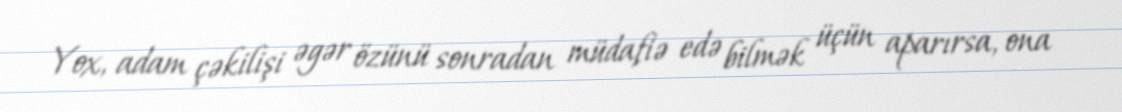
Yox, adam çəkilişi əgər özünü sonradan müdafiə edə bilmək üçün aparırsa, ona